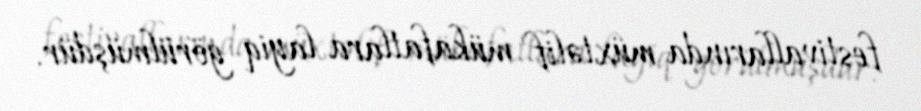
festivallarında müxtəlif mükafatlara layiq görülmüşdür.